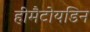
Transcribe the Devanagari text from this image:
हीमैटोयडिन